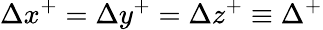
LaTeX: \Delta x^{+}=\Delta y^{+}=\Delta z^{+}\equiv\Delta^{+}